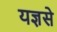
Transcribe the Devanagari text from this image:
यज्ञसे